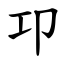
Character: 卭